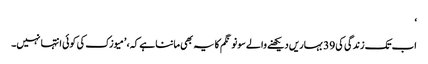
‘
اب تک زندگی کی 39 بہاریں دیکھنے والے سونو نگم کا یہ بھی ماننا ہے کہ، ’میوزک کی کوئی انتہا نہیں۔